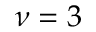
\nu = 3